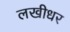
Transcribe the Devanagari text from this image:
लखीधर